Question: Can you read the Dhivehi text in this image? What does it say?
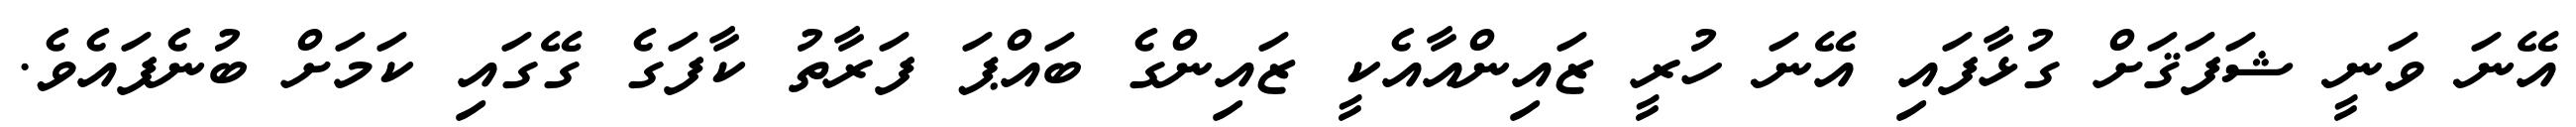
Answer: އޭނަ ވަނީ ޝަފަޤަށް ގުޅާފައި އޭނަ ހުރީ ޒައިންއާއެކީ ޒައިންގެ ބައްޕަ ފަރާތު ކާފަގެ ގޭގައި ކަމަށް ބުނެފައެވެ.